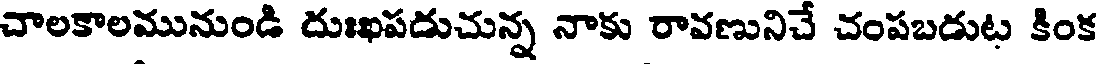
చాలకాలమునుండి దుఃఖపడుచున్న నాకు రావణునిచే చంపబడుట కింక